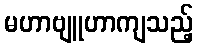
မဟာဗျူဟာကျသည့်